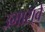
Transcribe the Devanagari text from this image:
उभारा्वे